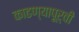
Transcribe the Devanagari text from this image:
काढण्यापूर्वी